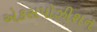
એકસપોઝીશન